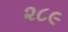
૨૮૯